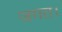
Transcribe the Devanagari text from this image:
जगत।